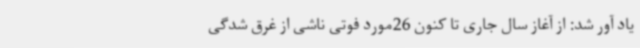
یاد آور شد: از آغاز سال جاری تا کنون 26مورد فوتی ناشی از غرق شدگی